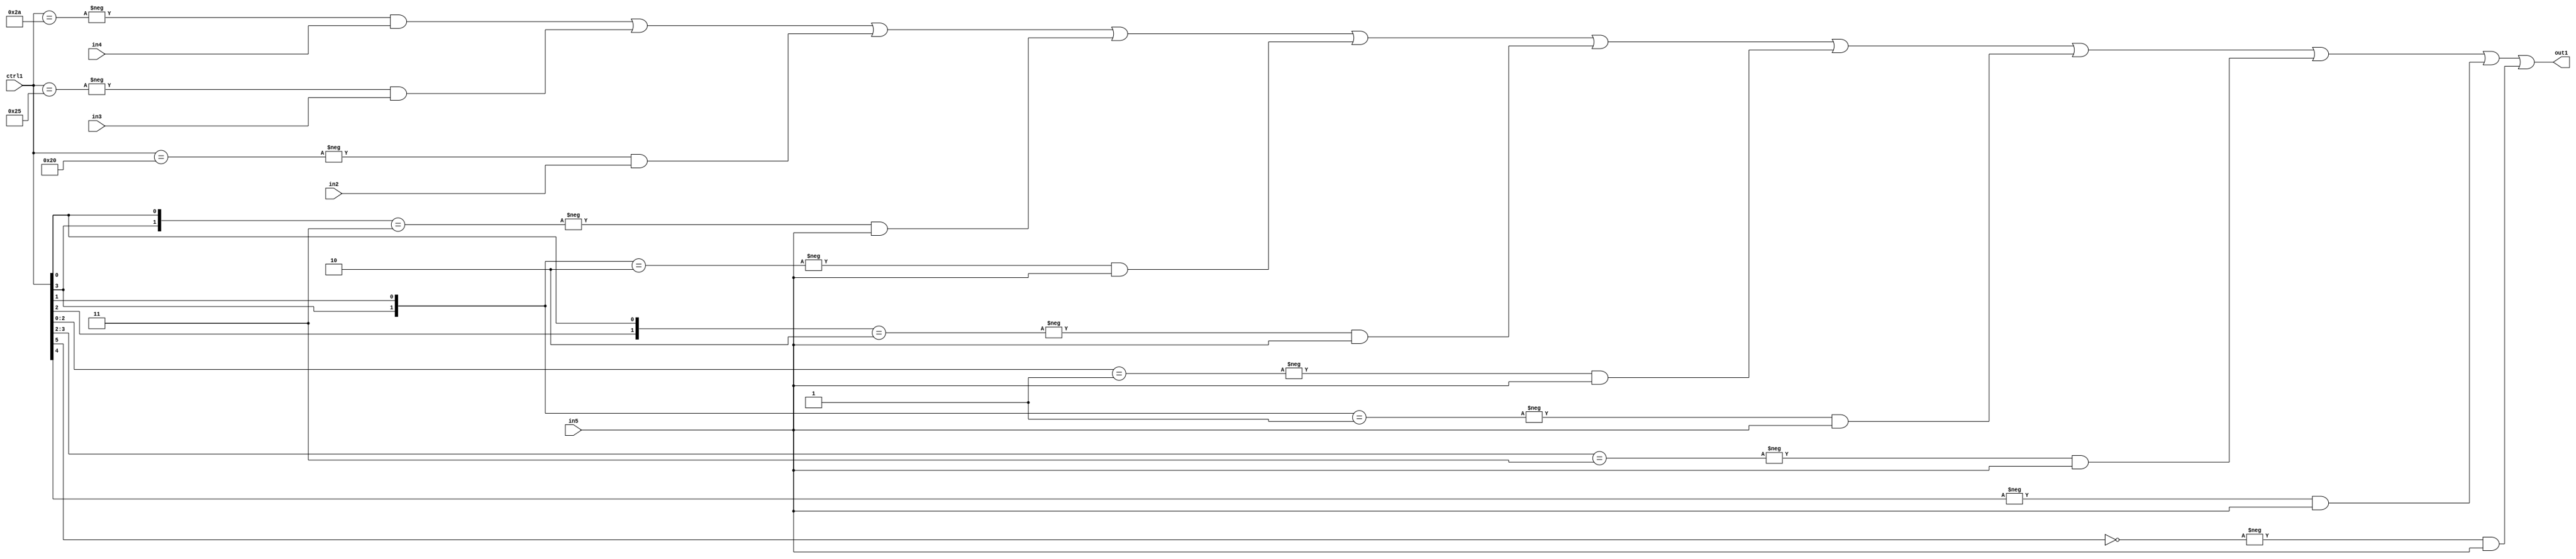
`timescale 1ps / 1ps
/*****************************************************************************
    Verilog RTL Description
    
    
    Created by: Stratus DpOpt 21.05.01 
*******************************************************************************/

module SobelFilter_N_Mux_32_4_57_1 (
	in5,
	in4,
	in3,
	in2,
	ctrl1,
	out1
	); /* architecture "behavioural" */ 
input [31:0] in5;
input [8:0] in4,
	in3,
	in2;
input [5:0] ctrl1;
output [31:0] out1;
wire [31:0] asc001;

assign asc001 = 
	-{ctrl1 == 6'B101010} & in4 |
	-{ctrl1 == 6'B100101} & in3 |
	-{ctrl1 == 6'B100000} & in2 |
	-{{ctrl1[3], ctrl1[0]} == 2'B11} & in5 |
	-{{ctrl1[3], ctrl1[1]} == 2'B10} & in5 |
	-{{ctrl1[2], ctrl1[0]} == 2'B10} & in5 |
	-{ctrl1[2:0] == 3'B001} & in5 |
	-{{ctrl1[3], ctrl1[1]} == 2'B01} & in5 |
	-{ctrl1[3:2] == 2'B11} & in5 |
	-{ctrl1[4] == 1'B1} & in5 |
	-{ctrl1[5] == 1'B0} & in5 ;

assign out1 = asc001;
endmodule

/* CADENCE  vrn1Sww= : u9/ySxbfrwZIxEzHVQQV8Q== ** DO NOT EDIT THIS LINE ******/